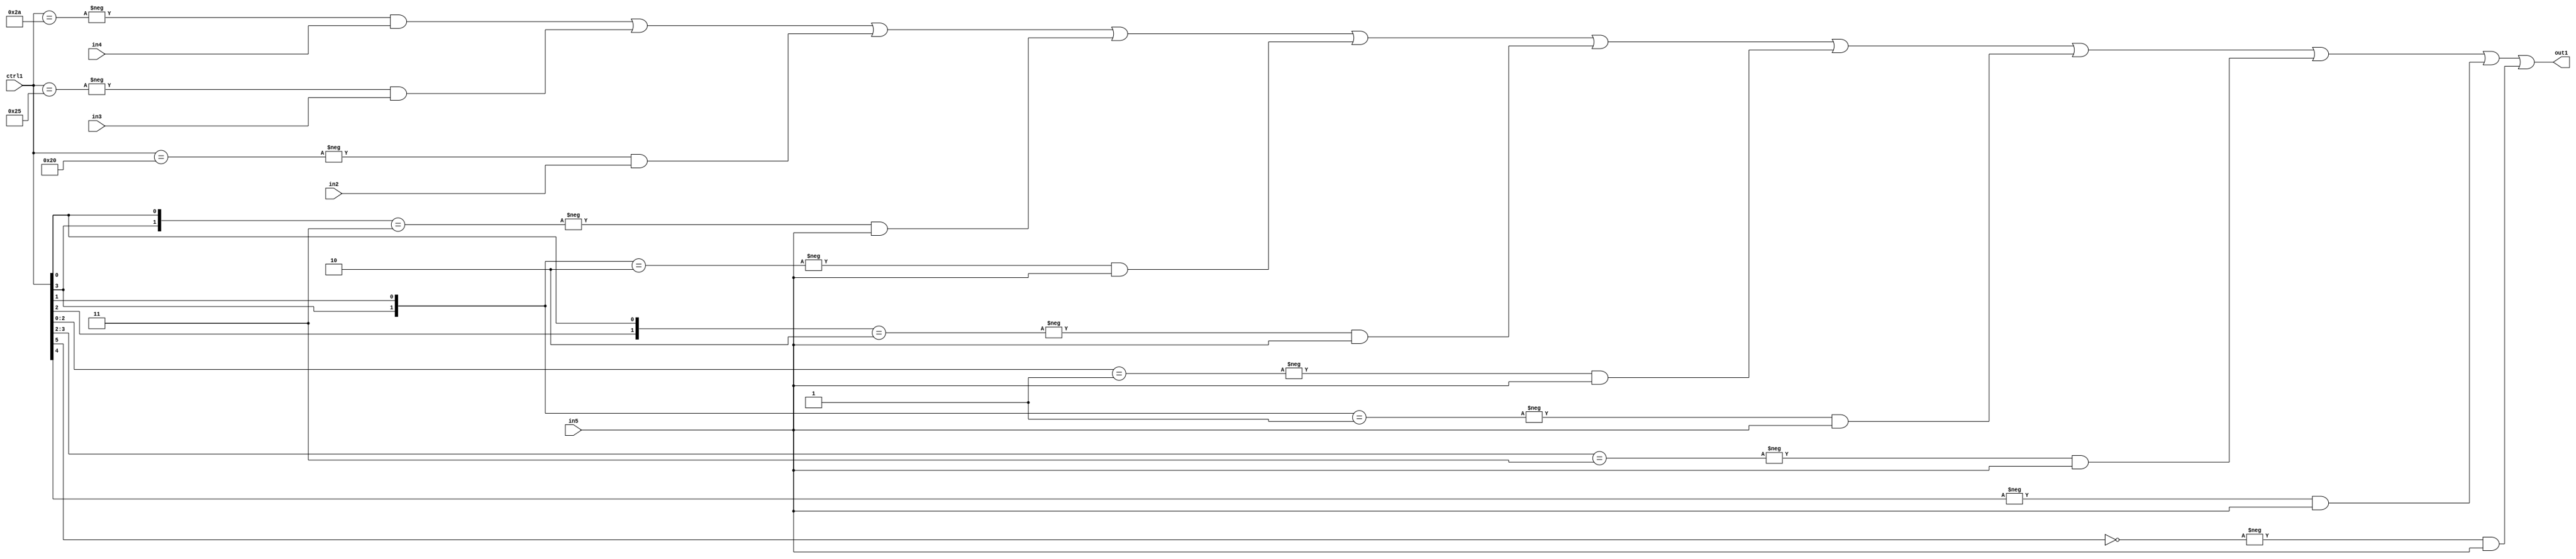
`timescale 1ps / 1ps
/*****************************************************************************
    Verilog RTL Description
    
    
    Created by: Stratus DpOpt 21.05.01 
*******************************************************************************/

module SobelFilter_N_Mux_32_4_57_1 (
	in5,
	in4,
	in3,
	in2,
	ctrl1,
	out1
	); /* architecture "behavioural" */ 
input [31:0] in5;
input [8:0] in4,
	in3,
	in2;
input [5:0] ctrl1;
output [31:0] out1;
wire [31:0] asc001;

assign asc001 = 
	-{ctrl1 == 6'B101010} & in4 |
	-{ctrl1 == 6'B100101} & in3 |
	-{ctrl1 == 6'B100000} & in2 |
	-{{ctrl1[3], ctrl1[0]} == 2'B11} & in5 |
	-{{ctrl1[3], ctrl1[1]} == 2'B10} & in5 |
	-{{ctrl1[2], ctrl1[0]} == 2'B10} & in5 |
	-{ctrl1[2:0] == 3'B001} & in5 |
	-{{ctrl1[3], ctrl1[1]} == 2'B01} & in5 |
	-{ctrl1[3:2] == 2'B11} & in5 |
	-{ctrl1[4] == 1'B1} & in5 |
	-{ctrl1[5] == 1'B0} & in5 ;

assign out1 = asc001;
endmodule

/* CADENCE  vrn1Sww= : u9/ySxbfrwZIxEzHVQQV8Q== ** DO NOT EDIT THIS LINE ******/